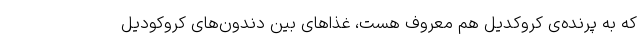
که به پرنده‌ی کروکدیل هم معروف هست، غذاهای بین دندون‌های کروکودیل